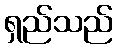
ရှည်သည်